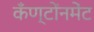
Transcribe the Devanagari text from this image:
कँण्टोंनमेंट